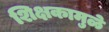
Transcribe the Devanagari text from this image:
शिक्षकामुळे